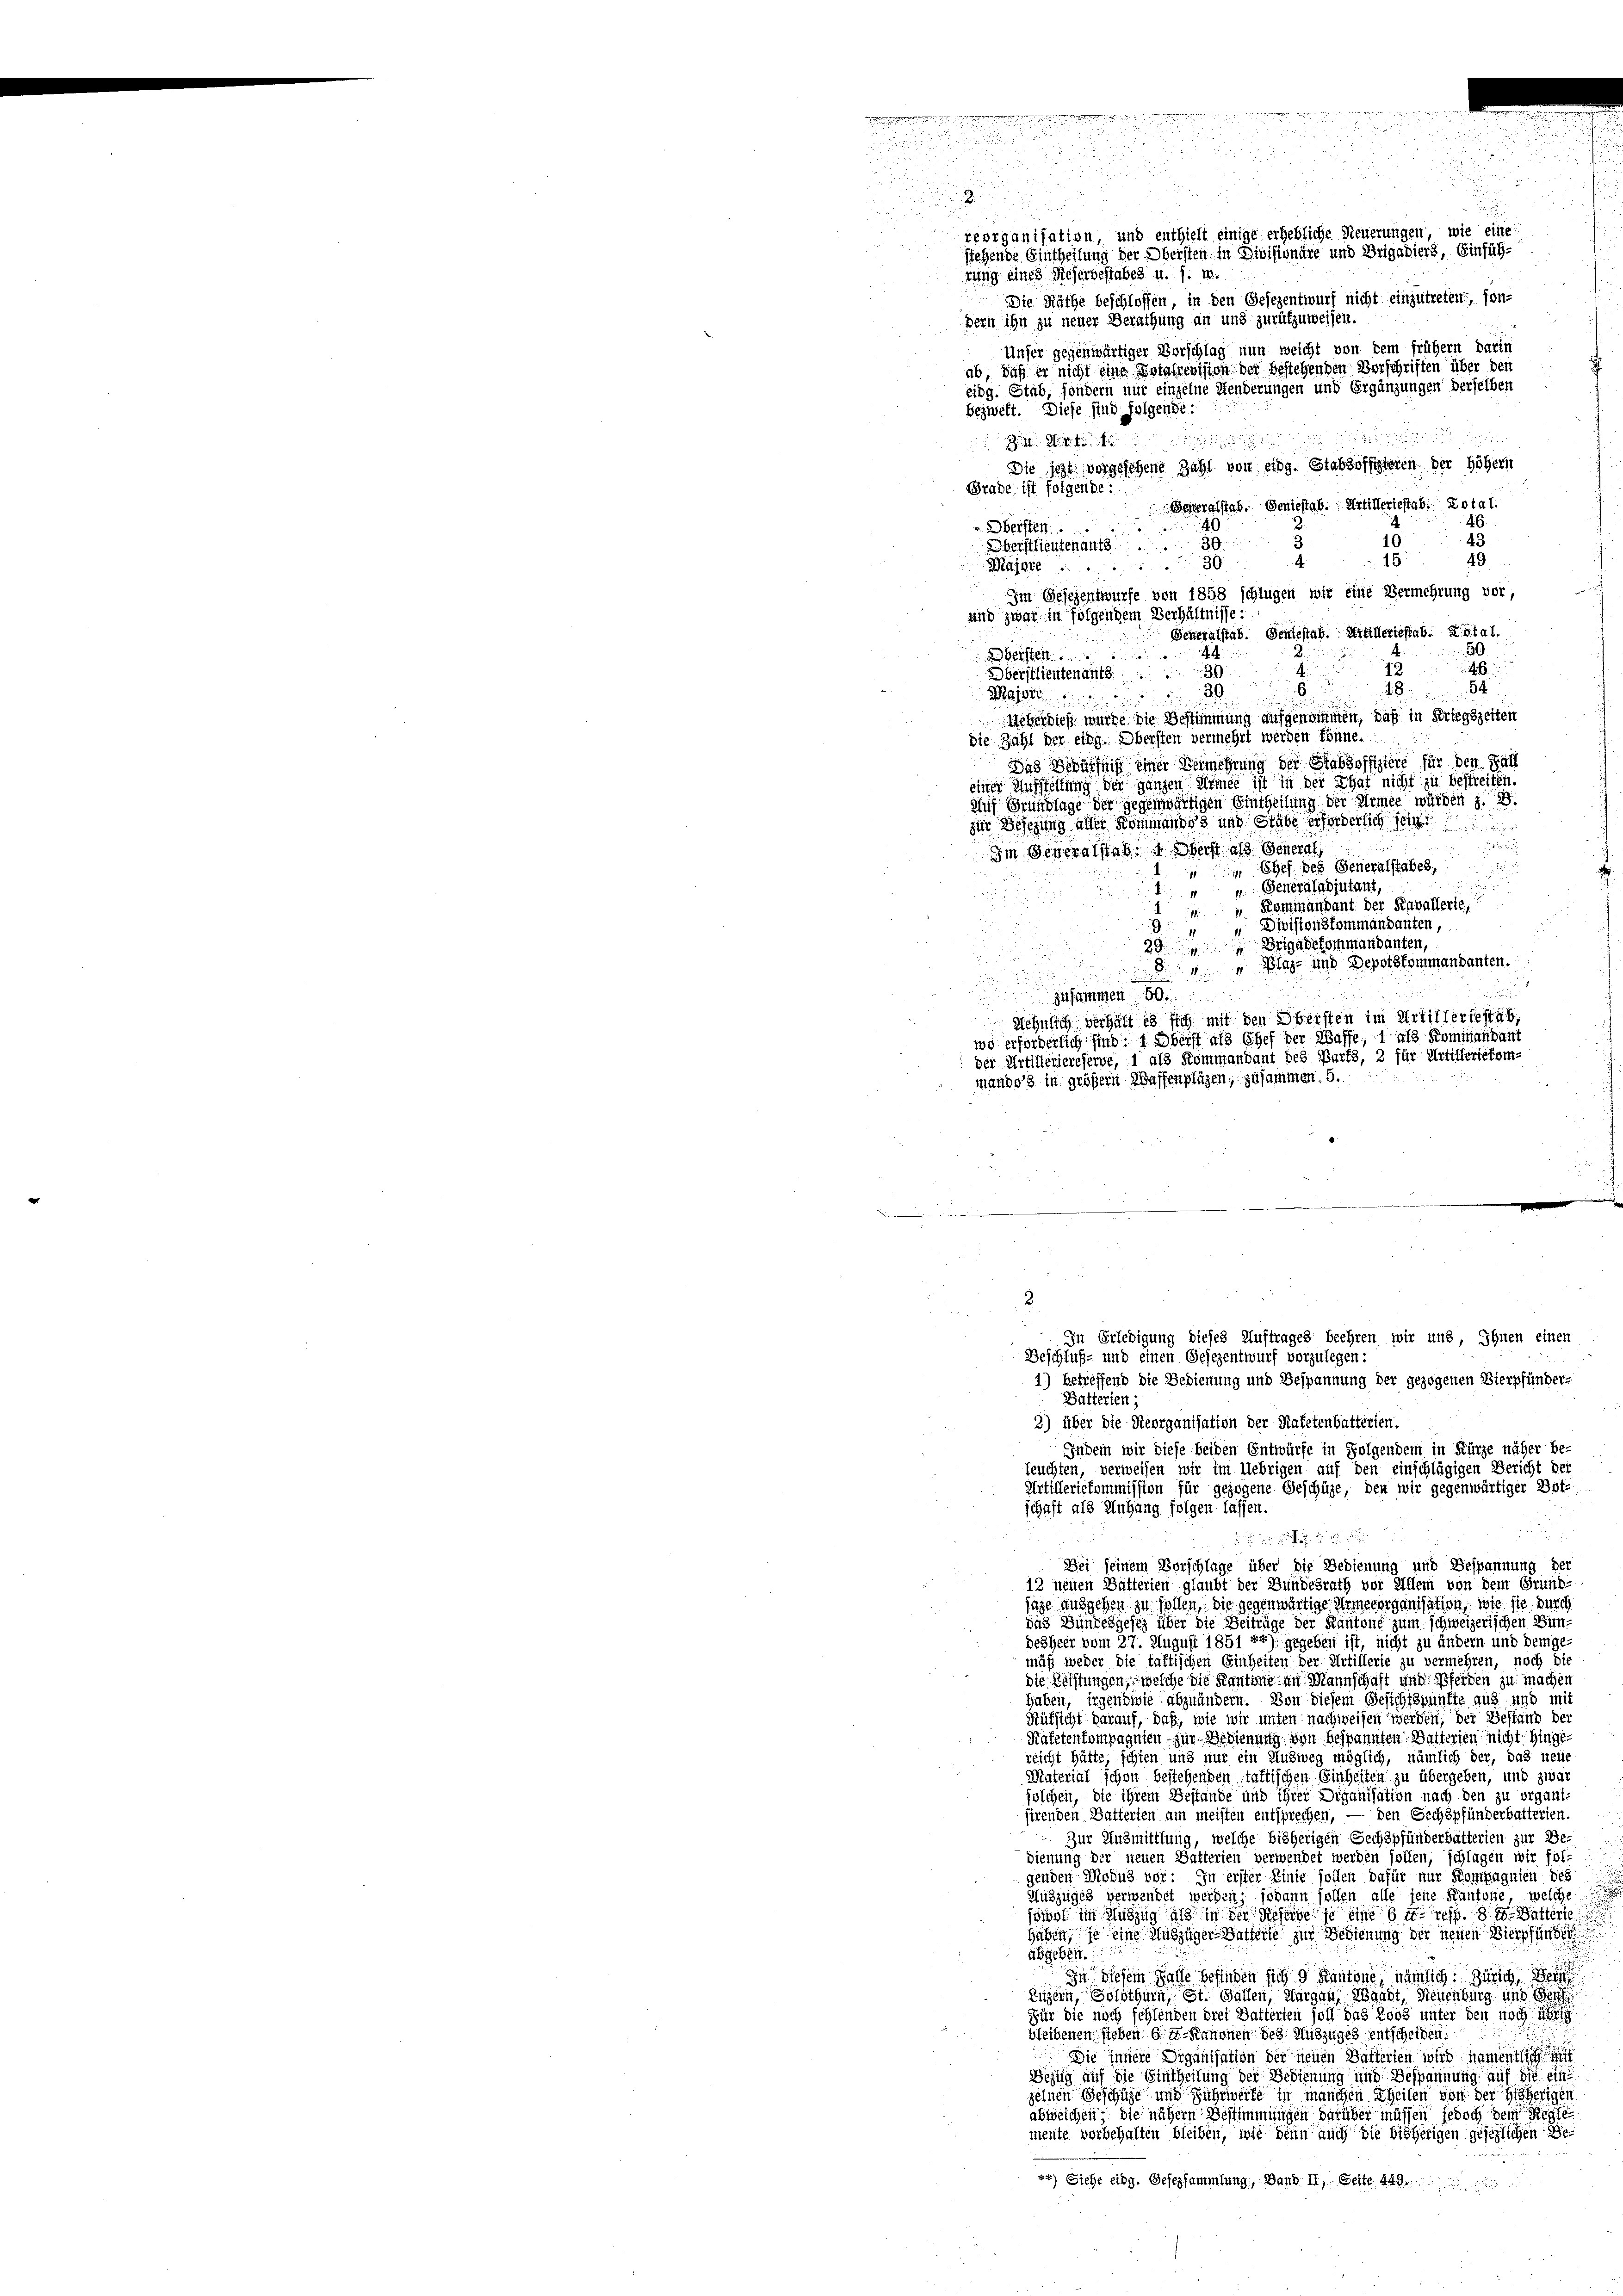
2.
reorganisation und enthielt einige erhebliche Steuerungen, wie eine
stehende Eintheilung der Obersten in Divisionäre und Brigadiers, Einführung eines Referbestabes u. s. w.
Die Räthe beschlossen, in den Gesezentwurf nicht einzutreten, son-

dern ihn zu neuer Berathung an und zurükzuweisen.
Unfer gegenwärtiger Vorschlag nun weicht von dem frühem darin
ab, daß er nicht eine Dotalrevision der bestehenden Vorschriften über den
eidg. Stab, sondern nur einzelne Aenderungen und Ergänzungen derselben
bezweft. Diese sind folgende:

 . . .
Die icht vorgesehene Zahl von eidg. Stabsoffizieren der Höhern
Grade ist folgende:
Generalstab. Geniestab. Artilleriestab. Dotal.
4
" Obersten.
10.
39.
3
Oberstlieutenants.
49
15
A
Majora. 30
Im Gesezentwürfe von 1858 schlügen wir eine Vermehrung vor,
und zwar in folgendem Verhältnisse:
Generalstab Sentestab. Mitleriestab. X. Stal.
50
bersten
.
6
12.
30
Oberstlieutenants
54
18
6
30.
Majore
un
Ueberdieß wurde die Bestimmung aufgenommen, daß in Kriegszeiten
die Zahl der eidg. Obersten vermehrt werden könne.
Das Bedürfniß einer Vermehrung der Stabsoffiziere für den Fall
einer Ausstellung der ganzen Armee ist in der That nicht zu bestreiten.
Auf Grundlage der gegenwärtigen Eintheilung der Armee würden z. B
zur Besezung aller Kommannes und Stabe erforderlich sein

Im Generalstab 1. Oberst als General
 Chef des Generalstabes,

" Generaladjutant,
d
2
Kommandant der Kavallerie,
Divisionskommandanten,
Brigadekommandanten,
20
Bleg- und Depotskommandanten.
zusammen 50.
u
Wehnlich verhält es sich mit den Obersten im Artilleriestab,
wo erforderlich sind: 1 Oberst als Chef der Wasse, 1 als Kommandant
der Artilleriereserve, 1 als Kommandant des Barts, 2 für Artilleriekom-
mando in größern Waffenplägen, zusammen. 5.

2

In Erledigung dieses Auftrages beehren wir uns, Ihnen einen
Beschluß- und einen Gesezentwurf vorzulegen:
1) betreffend die Bedienung und Bespannung der gezogenen Vierpfünder-
Datterien;
3) über die Reorganisation der Ratetenbatterien.
Indem wir diese beiden Entwürfe in Folgendem in Kürze näher be-
leuchten, verweisen wir im Uebrigen auf den einschlägigen Bericht der
Artilleriekommission für gezogene Geschüze, den wir gegenwärtiger Botschaft als Anhang folgen lassen.
d

Bei seinem Vorschlage über die Bedienung und Bespannung der
13 neuen Bätterien glaubt der Bundesrath vor Allem von dem Grund-
sage ausgehen zu sollen, die gegenwärtige Armenorganisation, wie sie durch
das Bundesgesez über die Beiträge der Kantone zum schweizerischen Bundesheer vom 27. August 1851 78) gegeben ist, nicht zu ändern und demge-
mäß weder die taktischen Einheiten der Artillerie zu vermehren, noch die
die Leistungen, welche die Kantone an Mannschaft und Pferden zu machen
haben, irgendwie abzuändern. Von diesem Gesichtspunkte aus und mit
Rüksicht darauf, daß, wie wir unten nachweisen werden, der Bestand der
Kafetentompagnien zur Bedienung von bespannten Watterien nicht hinge
reicht hätte, schien und nur ein Ausweg möglich, nämlich der, das neus
Material schon bestehenden taktischen Einheiten zu übergeben, und zwar
jolchen, die ihrem Bestände und ihrer Diganisation nach den zu organisirenden Batterien am meisten entsprechen, — den Schöpfunderbatterien
Zur Ausmittlung, welche bisherigen Sechspfunderbatterien zur Be-
sienung der neuen Batterien verwendet werden sollen, schlagen wir fol-
genden Modus vor. In erster Linie sollen dafür nur Kompagnien des
Auszuges verwendet werden; sodann sollen alle jene Kantone, welche
sowol im Auszug als in der Resige je eine bit resp. 8 d. Butterte
haben, je eine Auszüger-Batteile zur Bedienung der neuen Bierpfänder
abgebett.
In diesem Falle befinden sich 9 Kantone, nämlich Zürich
Eitzern, Solothurn, St. Gallen, Margau, Waadt, Neuenburg und der
Für die noch fehlenden drei Batterten soll das Loos unter den noch a
bleibenen sieben be-Kanonen des Nutzuges entscheiden:
Die innere Organisation der neuen Batterien wird namentlich
Bezug auf die Eintheilung der Bedienung und Bespannung auf die eine
zelnen Geschüte und Fuhrwerte in manchen Theilen von der bisherigen
abweichen, die nähern Bestimmungen darüber müssen jedoch dem Reglei
mente vorbehalten bleiben, wie denn auch die bisherigen gesezlichen e
») Siehe eidg. Gesezsammlung; Band. II, Seite 449.